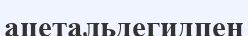
ацетальдегидпен